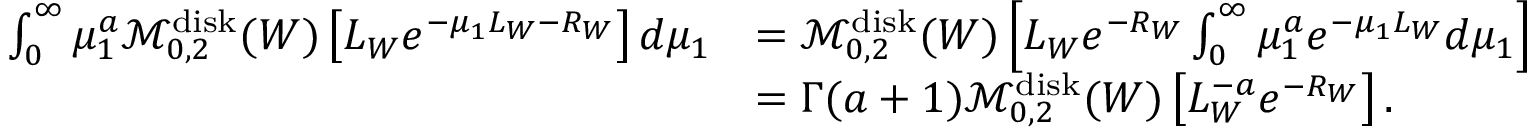
\begin{array} { r l } { \int _ { 0 } ^ { \infty } \mu _ { 1 } ^ { a } \mathcal M _ { 0 , 2 } ^ { \mathrm { d i s k } } ( W ) \left[ L _ { W } e ^ { - \mu _ { 1 } L _ { W } - R _ { W } } \right] d \mu _ { 1 } } & { = \mathcal M _ { 0 , 2 } ^ { \mathrm { d i s k } } ( W ) \left[ L _ { W } e ^ { - R _ { W } } \int _ { 0 } ^ { \infty } \mu _ { 1 } ^ { a } e ^ { - \mu _ { 1 } L _ { W } } d \mu _ { 1 } \right] } \\ & { = \Gamma ( a + 1 ) \mathcal M _ { 0 , 2 } ^ { \mathrm { d i s k } } ( W ) \left[ L _ { W } ^ { - a } e ^ { - R _ { W } } \right] . } \end{array}